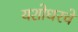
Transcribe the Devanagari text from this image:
यशोधरचे